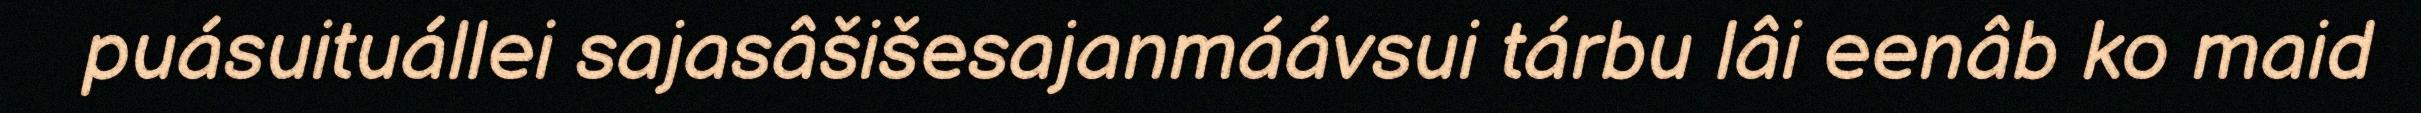
puásuituállei sajasâšišesajanmáávsui tárbu lâi eenâb ko maid